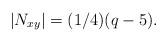
LaTeX: \begin{align*}|N_{xy}|=(1/4) (q-5).\end{align*}